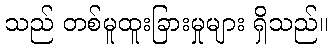
သည် တစ်မူထူးခြားမှုများ ရှိသည်။